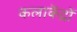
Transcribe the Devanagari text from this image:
कलाकेंद्रों